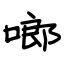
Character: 啷